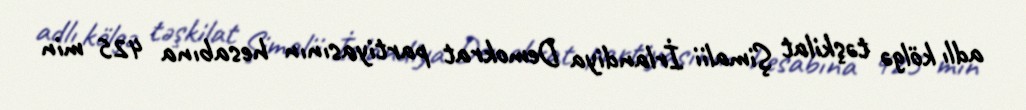
adlı kölgə təşkilat Şimalii İrlandiya Demokrat partiyasının hesabına 425 min